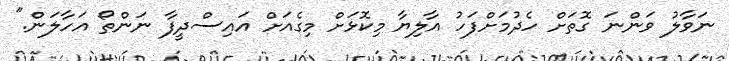
ނަވާލު ވަންނަ ގޮތަށް ހެދުމަށްފަހު އާލިޔާ މިކޮޅަށް މިގެއަށް އައިސްދީފާ ނަންތޯ އަހާލަން."